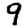
Digit: 9